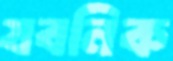
যবনিক